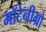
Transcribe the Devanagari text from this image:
मॉटेनीग्रो